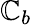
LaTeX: \mathbb{C}_{b}